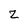
Character: z